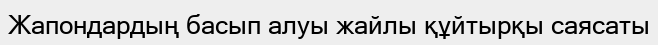
Жапондардың басып алуы жайлы құйтырқы саясаты